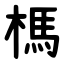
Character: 榪